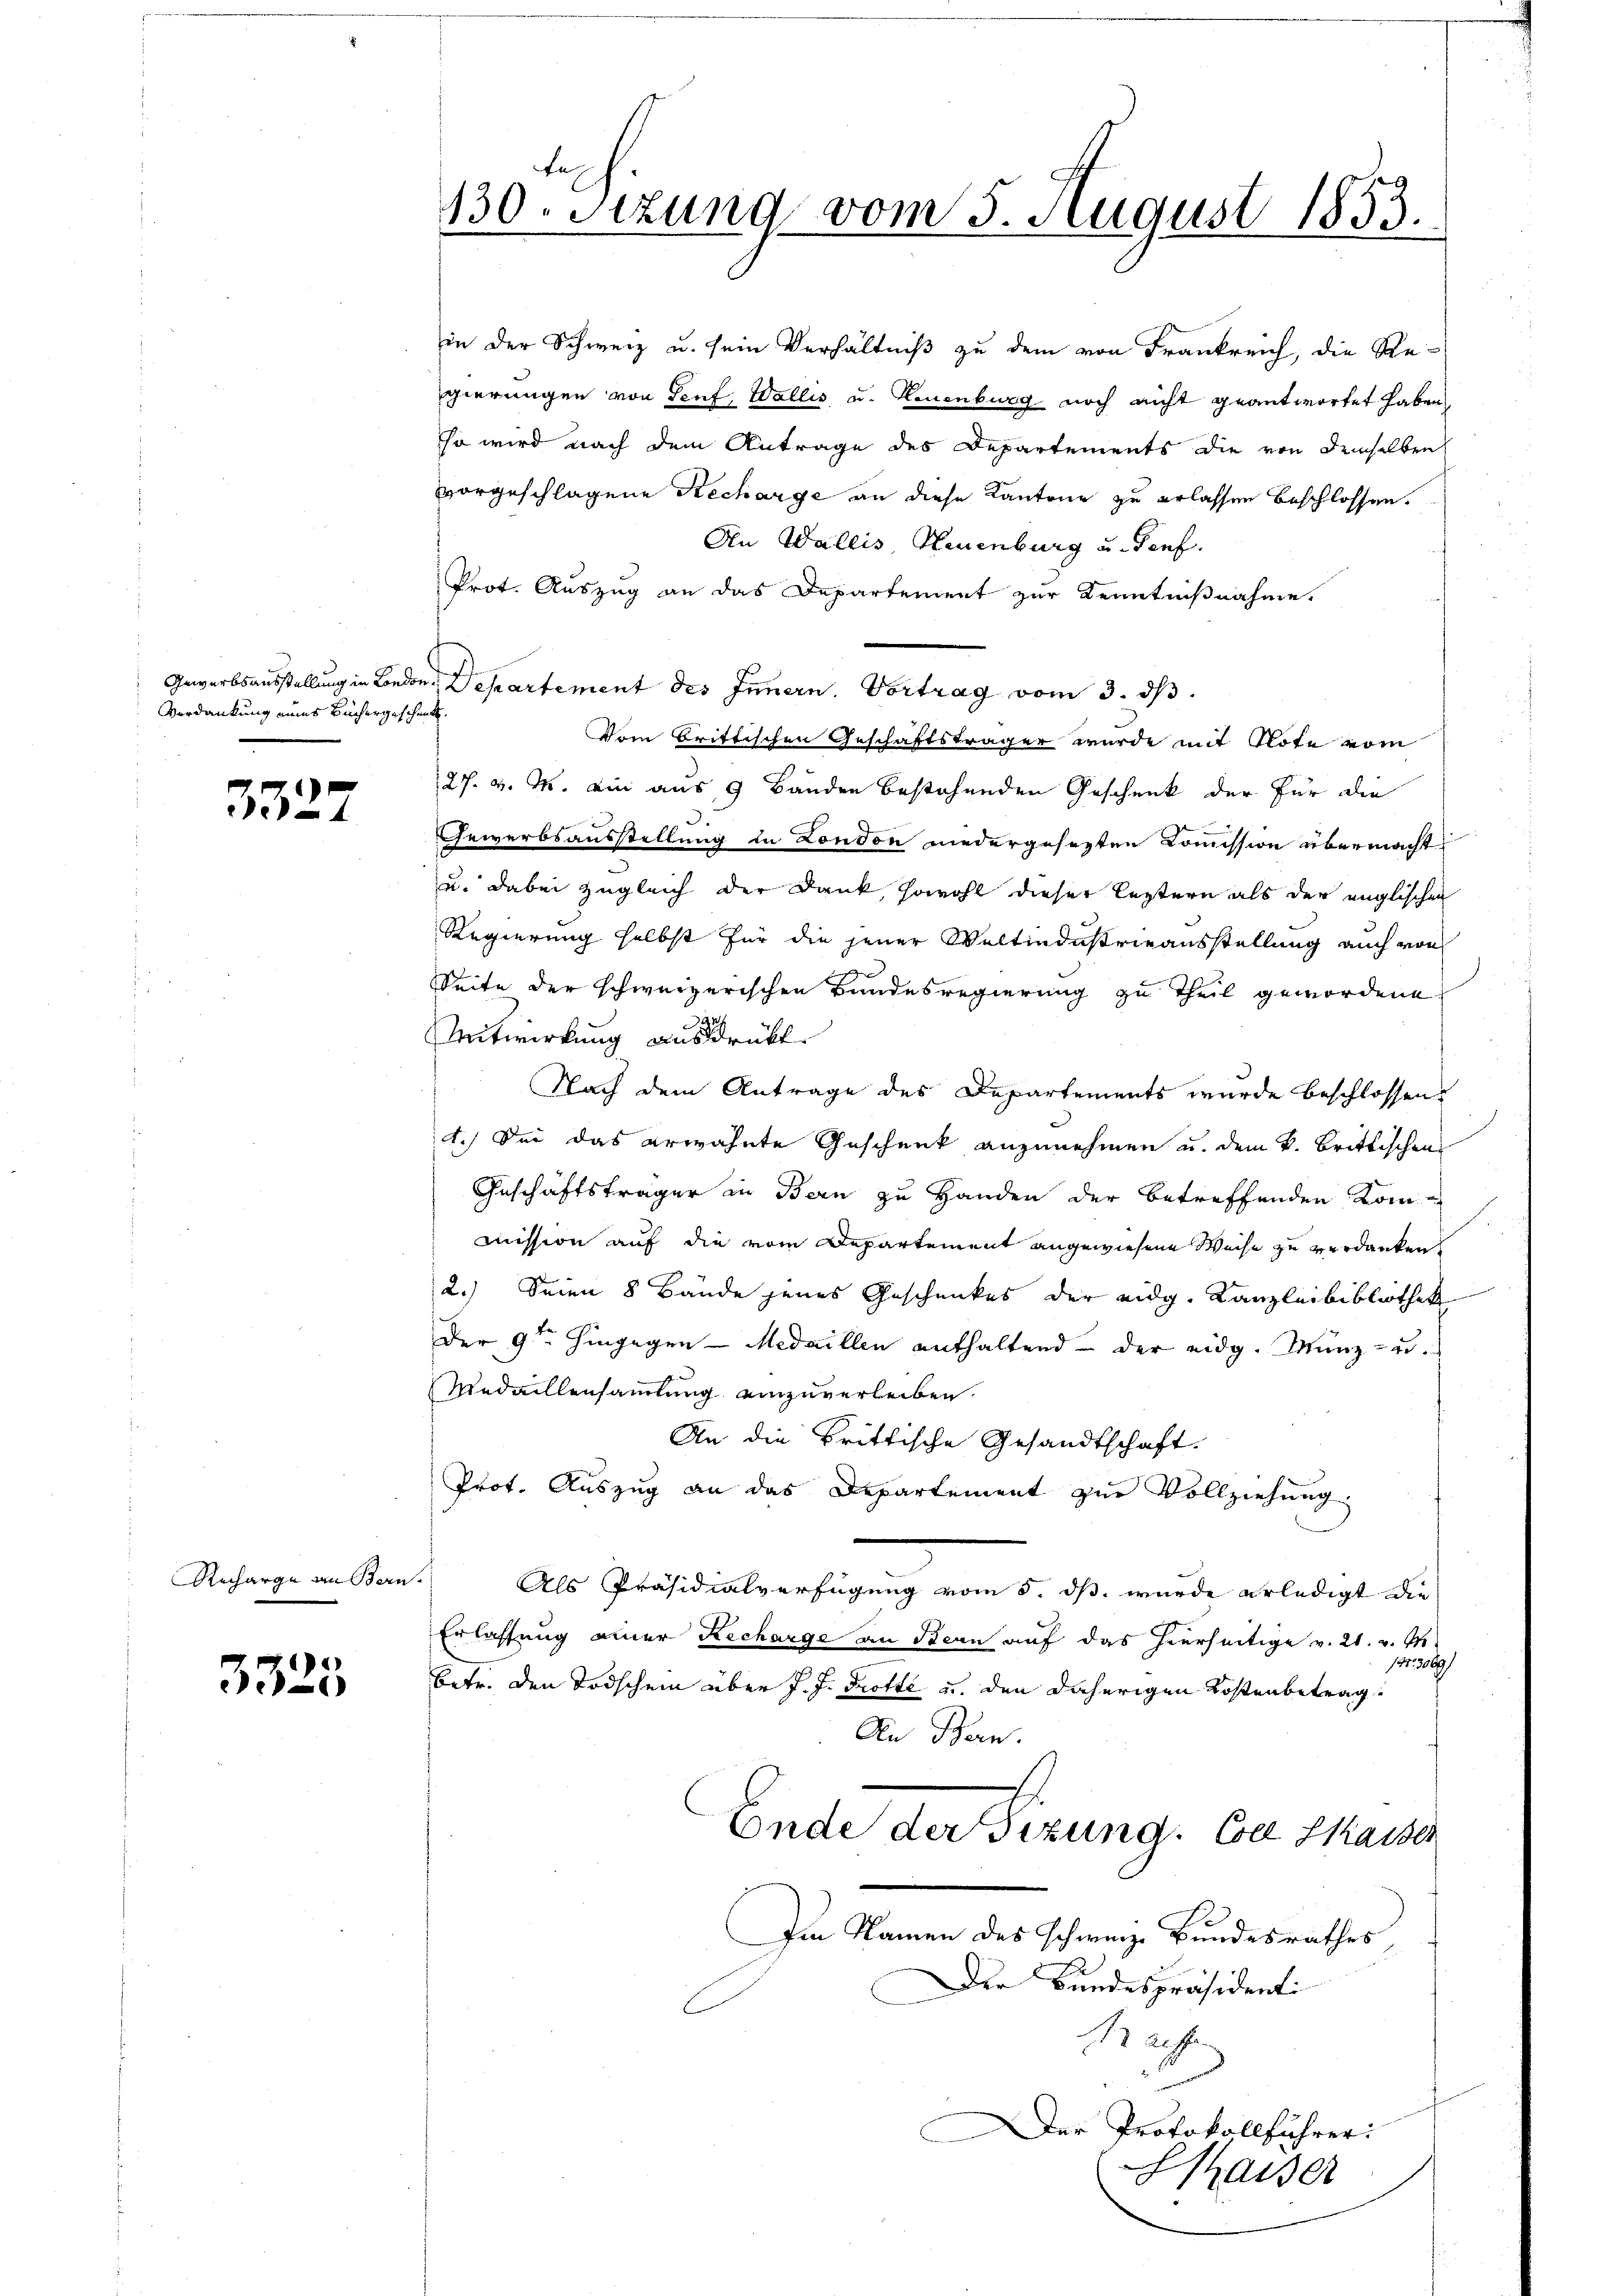
Verdankung eines Büchergeschenkt.

3322

Recharge an Bern.

3325

fe
130. Sitzung vom 5. August 1853.

in der Schweiz u. sein Verhältniß zu dem von Frankreich, die Re-
gierungen von Senf, Wallis, u. Neuenburg noch nicht geantwortet haben,
so wird nach dem Antrage des Departements die von demselben
vorgeschlagene Recharge an diese Kantone zu erlassen beschlossen.
An Wallis, Neuenburg u. Genf.
Prot. Auszug an das Departement zur Kenntnißnahme.
Gewerbsausstellung in London. Departement des Innern. Vortrag vom 3. ds.
Vom Brittischen Geschäftsträger wurde mit Note vom
27. v. M. ein aus 9 Bänden bestehenden Geschenk der für die
Gewerbsausstellung in London niedergesezten Commission übermacht
u. dabei zugleich der Dank, sowohl dieser leztern als der englischen
Regierung selbst für die jener Weltindustrieausstellung auch von
Seite der schweizerischen Bundesregierung zu Theil gewordene
Mitwirkung ausdrückt.
Nach dem Antrage des Departements wurde beschlossen.
1.) Der das erwähnte Geschenk anzunehmen u. dem k. Brittischen
Geschäftsträger in Bern zu Handen der betreffenden Kom
mission auf die vom Departement angewiesene Weise zu verdanken.
2.) Seien 8 Bände jenes Geschenkes der eidg. Kanzleibibliothek
Der 9ten hingegen - Medaillen enthaltend der eidg. Münz- u.
Medaillensammlung einzuverleiben.
An die Brittische Gesandtschaft.
Prot. Auszug an das Departement zur Vollziehung.
Als Präsidialverfügung vom 5. ds. wurde erledigt die
Erlassung einer Recharge an Bern auf das hierseitige v. 21. v. M.
147. 3069/
betr. den Todschein über J. J. Trotte u. den daherigen Kostenbetrag
An Bern.
Ende der Sizung. Der Thaiser
Im Namen des schweize Bundesrathes
Der Bundespräsidenti
B 20fr.
Der Protokollführer:
Saiser